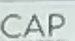
CAP